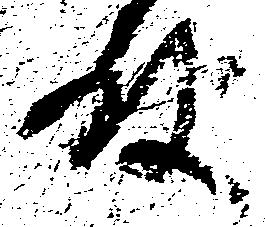
殿